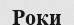
Роки